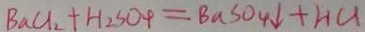
B a C l _ { 2 } + H _ { 2 } S O _ { 4 } = B a S O _ { 4 } \downarrow + H C l